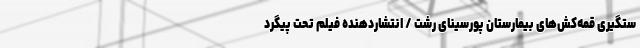
ستگیری قمه‌کش‌های بیمارستان پورسینای رشت / انتشاردهنده فیلم تحت پیگرد